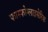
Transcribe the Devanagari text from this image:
फास्फोग्लाइसेरिक